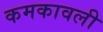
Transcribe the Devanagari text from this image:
कमकावली